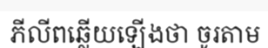
ភីលីពឆ្លើយឡើងថា ចូរតាម